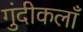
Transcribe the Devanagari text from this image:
गुंदीकलाँ